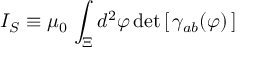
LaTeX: I _ { S } \equiv \mu _ { 0 } \, \int _ { \Xi } d ^ { 2 } \varphi \, \mathrm { d e t } \left[ \, \gamma _ { a b } ( \varphi ) \, \right]